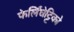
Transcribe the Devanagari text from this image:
फेर्लिंघेट्टिको